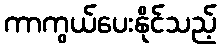
ကာကွယ်ပေးနိုင်သည့်